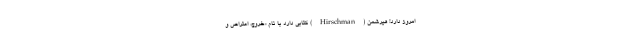
امروز دارد! هیرشمن (Hirschman) کتابی دارد با نام «خروج‌، اعتراض و